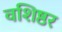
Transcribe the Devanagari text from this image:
वशिष्ठर